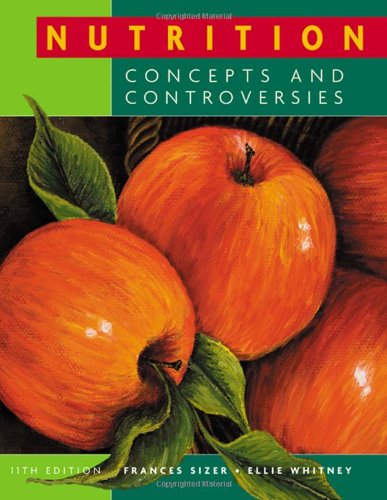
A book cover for Nutrition: Concepts and Controversies (Available Titles CengageNOW); Frances Sizer; Medical Books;